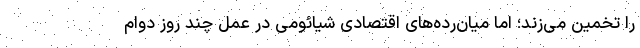
را تخمین می‌زند؛ اما میان‌رده‌های اقتصادی شیائومی در عمل چند روز دوام